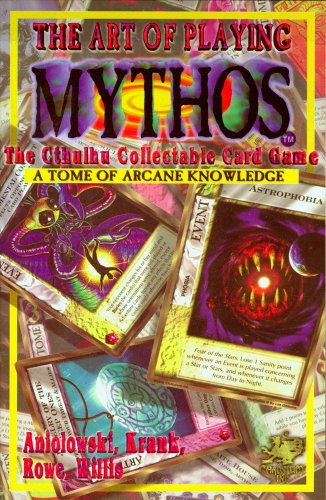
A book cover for The Art of Playing Mythos the Cthulhu Collectable Card Game: A Tome of Arcane Knowledge; Scott David Aniolowski; Science Fiction & Fantasy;